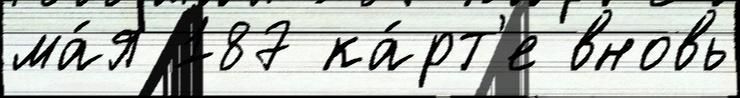
ма́я 187 ка́рт'е вновь